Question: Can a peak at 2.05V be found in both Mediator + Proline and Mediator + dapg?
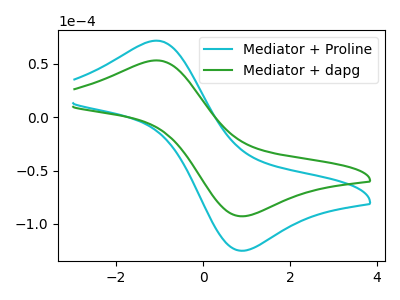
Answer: <think>The cyan curve "Mediator + Proline" has an anodic peak at (-1.10V, 71.65uA) and a cathodic peak at (0.95V, -125.10uA). The green curve "Mediator + dapg" has an anodic peak at (-1.10V, 53.15uA) and a cathodic peak at (0.95V, -92.85uA).</think>
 <answer>No, "Mediator + Proline" and "Mediator + dapg" dont share a peak at 2.05V.</answer>
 <eval>mismatch</eval>